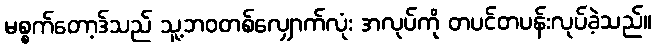
မစ္စက်တော့ဒ်သည် သူ့ဘဝတစ်လျှောက်လုံး အလုပ်ကို တပင်တပန်းလုပ်ခဲ့သည်။